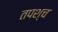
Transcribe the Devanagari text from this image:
तपश्च